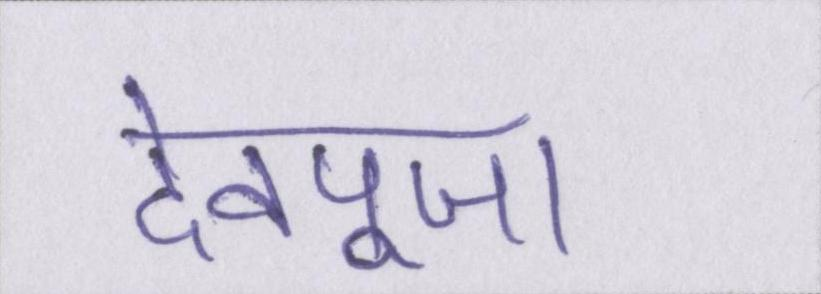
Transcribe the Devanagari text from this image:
देवपूजा